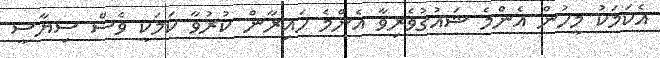
އެކަމަކު މީހުން އެންމެ ޝައުގުވެރިވާ އެންމެ ހައިރާން ކުރުވާ ކަމަކީ ވެސް ސިޔާސީ